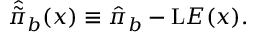
\hat { \tilde { \pi } } _ { b } ( x ) \equiv \hat { \pi } _ { b } - \mathrm { L } { \cal E } ( x ) .